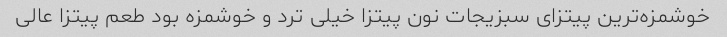
خوشمزه‌ترین پیتزای سبزیجات نون پیتزا خیلی ترد و خوشمزه بود طعم پیتزا عالی